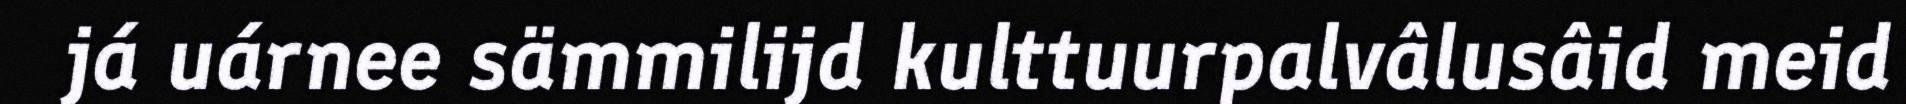
já uárnee sämmilijd kulttuurpalvâlusâid meid